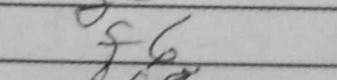
Transcription: f6